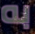
به